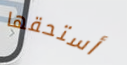
أستحقها